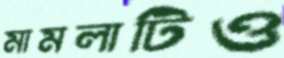
মামলাটিও